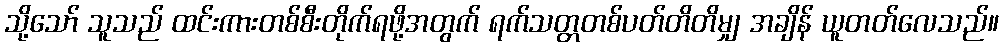
သို့သော် သူသည် ထင်းကားတစ်စီးတိုက်ရဖို့အတွက် ရက်သတ္တတစ်ပတ်တိတိမျှ အချိန် ယူတတ်လေသည်။